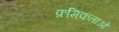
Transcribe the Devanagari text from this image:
क्रमिकताओं